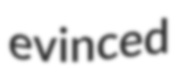
evinced